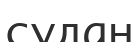
судан